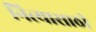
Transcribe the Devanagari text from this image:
नित्यासाठी